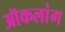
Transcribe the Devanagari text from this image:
ऑकलांग